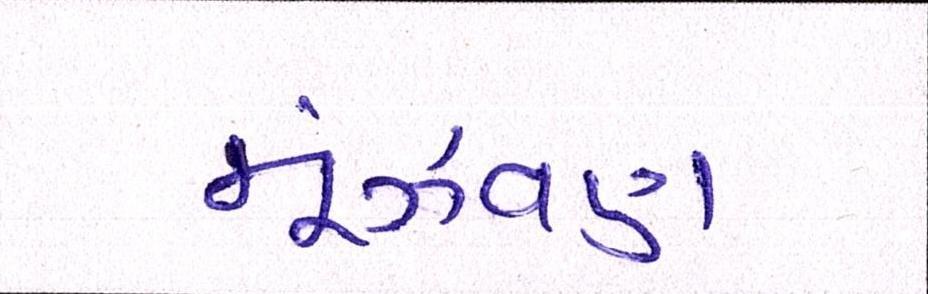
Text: મૂંઝવણ